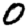
Digit: 0